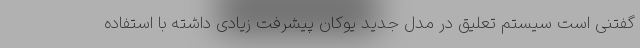
گفتنی است سیستم تعلیق در مدل جدید یوکان پیشرفت زیادی داشته با استفاده